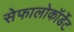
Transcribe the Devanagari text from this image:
सेफालोकॉर्डेट